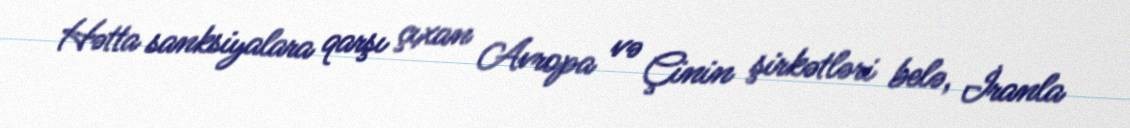
Hətta sanksiyalara qarşı çıxan Avropa və Çinin şirkətləri belə, İranla